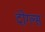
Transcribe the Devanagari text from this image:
दोग्ल्स